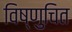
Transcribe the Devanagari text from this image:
विष्णुचित